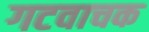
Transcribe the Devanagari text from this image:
गटवाचक